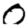
Digit: 0